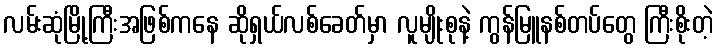
လမ်းဆုံမြို့ကြီးအဖြစ်ကနေ ဆိုရှယ်လစ်ခေတ်မှာ လူမျိုးစုနဲ့ ကွန်မြူနစ်တပ်တွေ ကြီးစိုးတဲ့